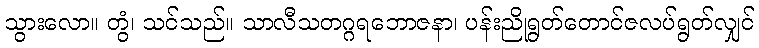
သွားလော။ တွံ၊ သင်သည်။ သာလီသတဂ္ဂရဘောဇနာ၊ ပန်းညိုရွတ်တောင်ဇလပ်ရွတ်လျှင်